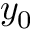
y _ { 0 }